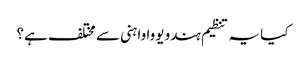
کیا یہ تنظیم ہندو یووا واہنی سے مختلف ہے؟